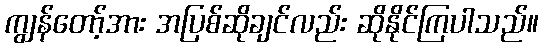
ကျွန်တော့်အား အပြစ်ဆိုချင်လည်း ဆိုနိုင်ကြပါသည်။